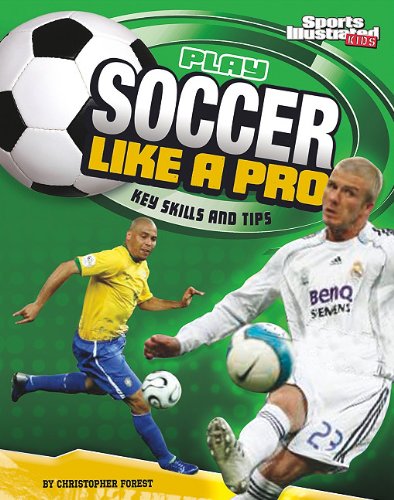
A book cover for Play Soccer Like a Pro: Key Skills and Tips (Play Like the Pros (Sports Illustrated for Kids)); Christopher Forest; Children's Books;